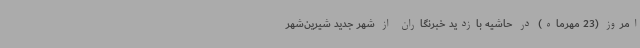
امروز (23 مهرماه) در حاشیه بازدید خبرنگاران از شهر جدید شیرین‌شهر